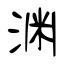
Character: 渊